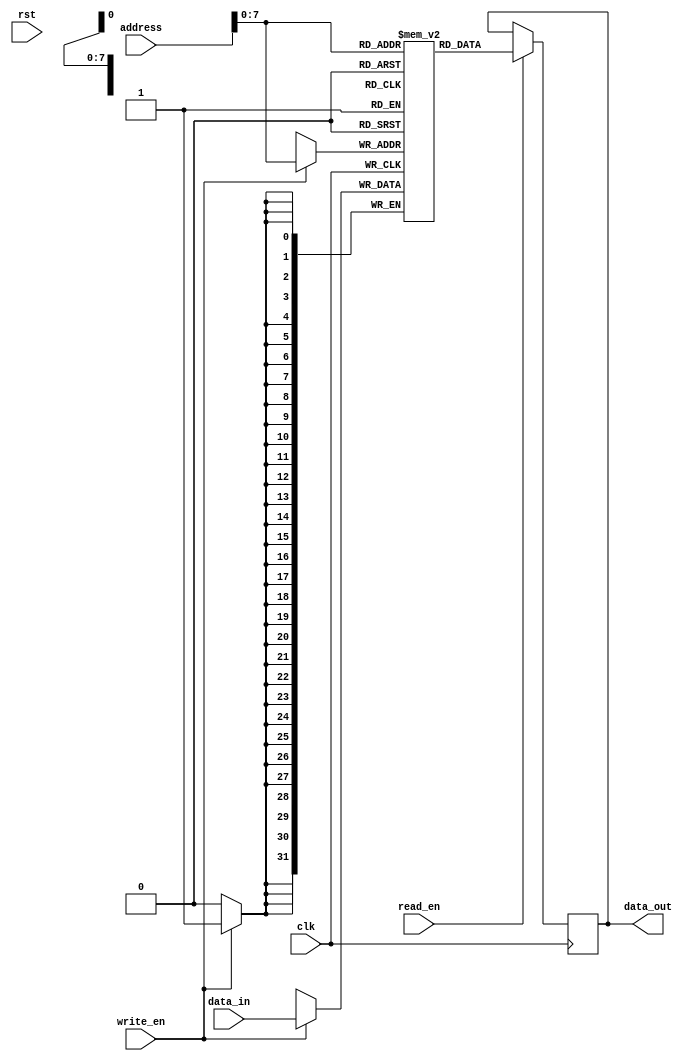
module MemoryBlocks(
    input wire clk,
    input wire rst,
    input wire [31:0] address,
    input wire read_en,
    input wire write_en,
    input wire [31:0] data_in,
    output reg [31:0] data_out
);

// Define memory block parameters
parameter WORD_SIZE = 32;
parameter WORDS_PER_BLOCK = 256;

// Address decoding logic
wire [7:0] block_select;
assign block_select = address[7:0];

// Data memory block
reg [WORD_SIZE-1:0] memory[WORDS_PER_BLOCK-1:0];

// Data input and output ports
always @(posedge clk) begin
    if (write_en) begin
        memory[address] <= data_in;
    end

    if (read_en) begin
        data_out <= memory[address];
    end
end

// Power management feature (not included in this example)

endmodule